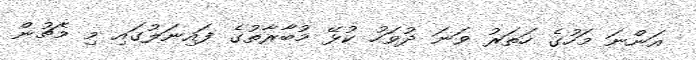
އަންނަ މަހުގެ ހަތަރު ވަނަ ދުވަހު ކުޅޭ މުބާރާތުގެ ފައިނަލުގައި މި މެޗުން